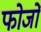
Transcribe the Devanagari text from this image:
फोजों